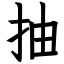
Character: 抽